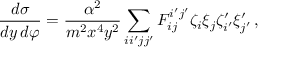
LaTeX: \frac { d \sigma } { d y \, d \varphi } = \frac { \alpha ^ { 2 } } { m ^ { 2 } x ^ { 4 } y ^ { 2 } } \sum _ { i i ^ { \prime } j j ^ { \prime } } F _ { i j } ^ { i ^ { \prime } j ^ { \prime } } \zeta _ { i } \xi _ { j } \zeta _ { i ^ { \prime } } ^ { \prime } \xi _ { j ^ { \prime } } ^ { \prime } \, ,